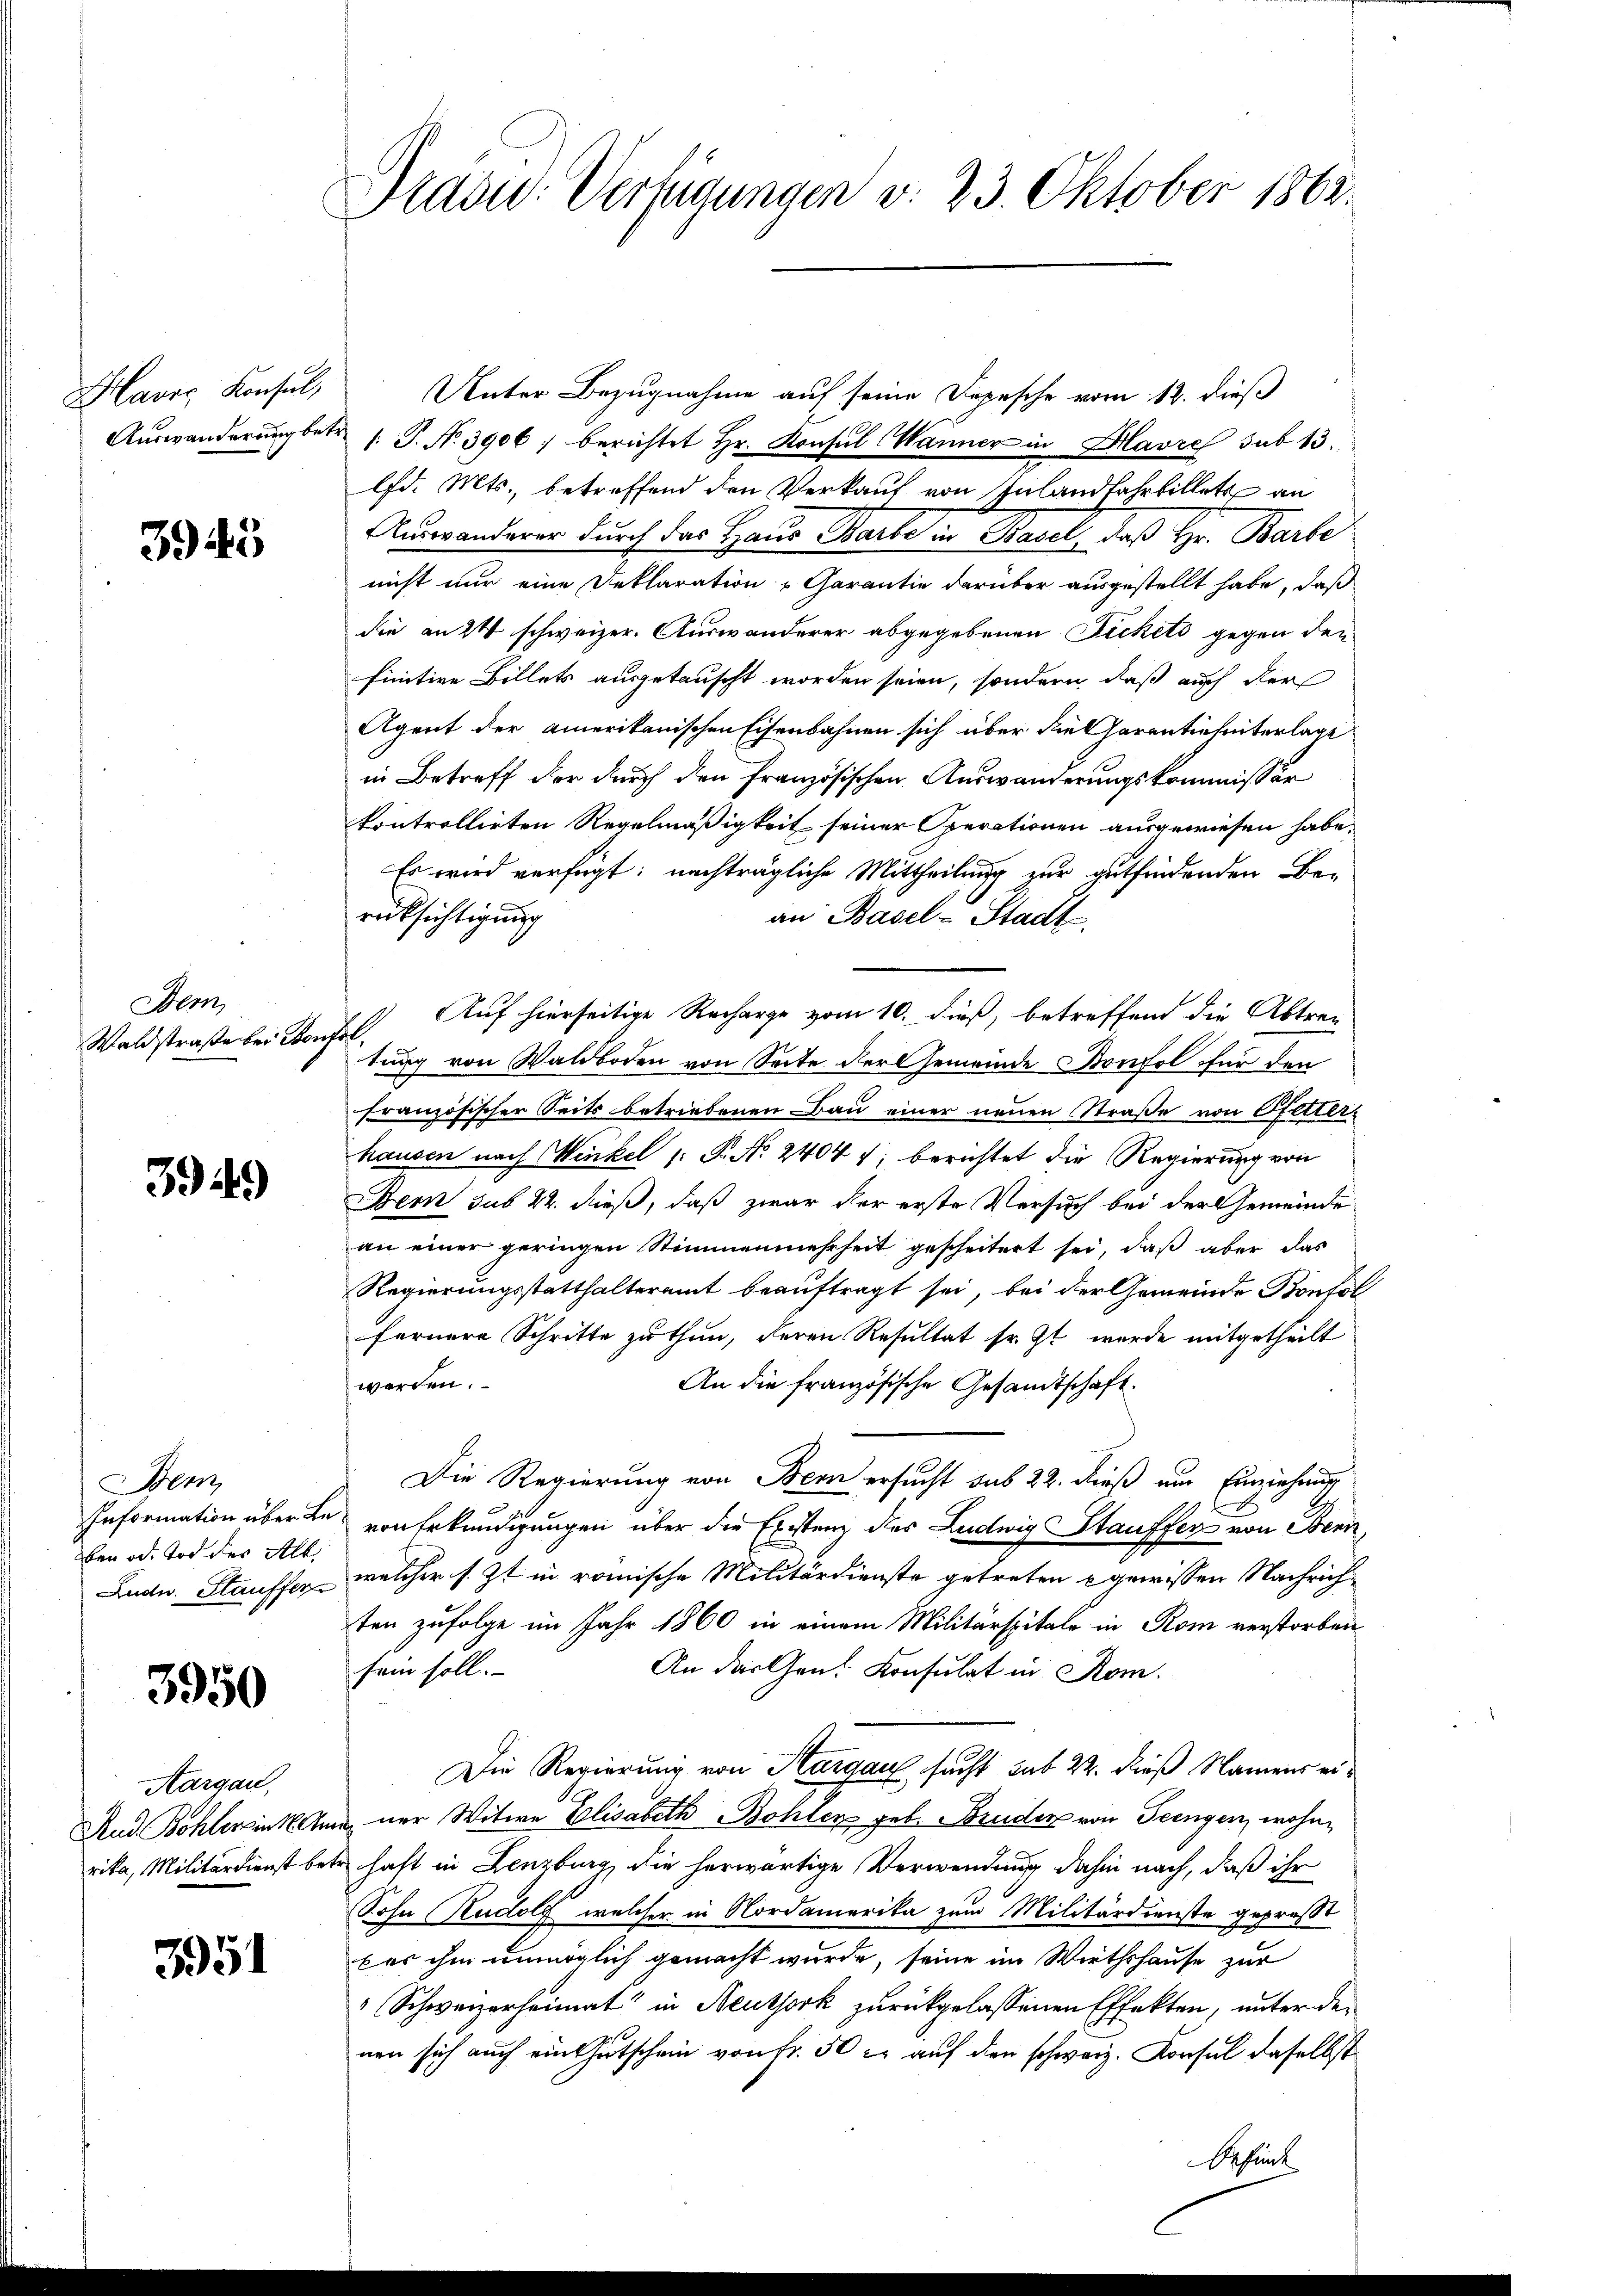
Havre Konsul,
Auswanderung be¬

3945

em
Waldstraße bei der

3949)

Bem
Information über Beben od. Tod des Alb
Ludw. Stauffer

3950

Aargau,
And Bohlerin K. An
rika, Militärdienst be¬

3951

Präsid. Verfügungen v. 23. Oktober 1863.

Unter Bezugnahme auf seine Depesche vom 12. dieß
1. P. Nr. 3906, berichtet Hr. Konsul Wanner in Havre sub 13.
ld. Mts., betreffend den Verkauf von Inlandfahrbillett an
Auswanderer durch das Haus Barbe in Basel, daß Hr. Barbe
nicht nur eine Deklaration „Garantie darüber ausgestellt habe, daß
die an 24 schweizer. Auswanderer abgegebenen Fickets gegen den
finitive Billets ausgetauscht worden seien, sondern, daß auch der
Agent der amerikanischen Eisenbahnen sich über die Parentiehinterlage
in Betreff der durch den französischen Auswanderungskommissio
kontrollirten Regelmäßigkeit seiner Operationen ausgewiesen habe.
Es wird verfügt: nachträgliche Mittheilung zur gutfindenden Be-
rücksichtigung
an Basel-Stadt
Auf hierseitige Recharge vom 10. dieß, betreffend die Abtre¬
.
tung von Waldboden von Seite der Gemeinde Bonfol für den
französischer Seits betriebenen Bau einer neuen Straße von Ofetter-
hausen nach Winkel 1: P. Nr. 2404 f. berichtet die Regierung von
Bern sub 22. dieß, daß zwar der erste Versuch bei der Gemeinde
an einer geringen Stimmenmehrheit gescheitert sei, daß aber das
Regierungsstatthalteramt beauftragt sei, bei der Gemeinde Bonfol
fernere Schritte zu thun, deren Resultat sr. Zt wurde mitgetheilt
werden.
An die französische Gesandtschaft.
Die Regierung von Bern ersucht sub 22. dieß um Einziehung
von Erkundigungen über die Existenz des Ludwig Stauffer von Benn
welcher s. Zt in römische Militärdienste getreten gewissen Nachrichten zufolge im Jahr 1860 in einem Militärspitale in Rom verstorben
An das Gen. Konsulat in Rom.
sein soll.
Die Regierung von Hargau sucht sub 22. dieß Namens einer Witwe Elisabeth Bohlen geb. Bruder von Teengen, wohnhaft in Lenzburg die herwärtige Verwendung dahin nach, daß ihr
Sohn Rudolf welcher in Nordamerika zum Militärdienste gepreßt
b es ihm unmöglich gemacht wurde, seine im Wirthshause zur
Schweizerheimat in Neuthork zurückgelassenen Effekten, unter den
nen sich auch ein Gutschein von Fr. 50 er auf den schweiz. Konsul daselbst
Bechenk